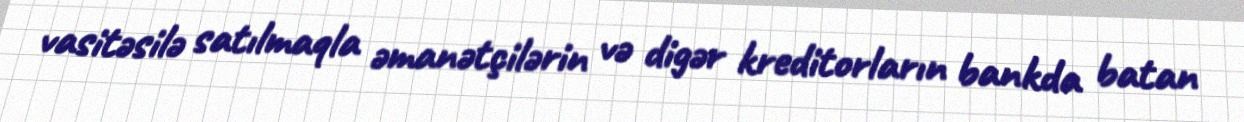
vasitəsilə satılmaqla əmanətçilərin və digər kreditorların bankda batan